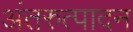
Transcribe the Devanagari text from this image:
अंतरुत्पादन